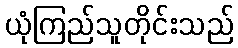
ယုံကြည်သူတိုင်းသည်